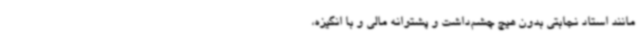
مانند استاد نجابتی بدون هیچ چشم‌داشت و پشتوانه مالی و با انگیزه،